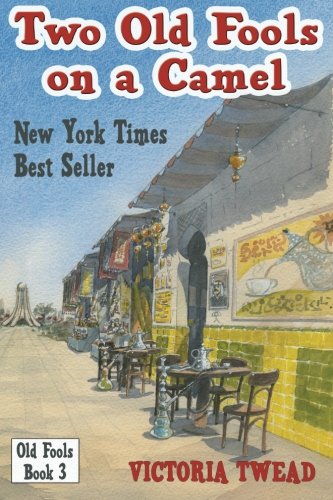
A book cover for Two Old Fools on a Camel: From Spain to Bahrain and back again (Old Fools Trilogy) (Volume 3); Victoria Twead; Travel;